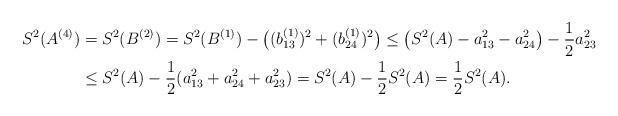
LaTeX: \begin{align*}S^2(A^{(4)}) & = S^2(B^{(2)}) = S^2(B^{(1)})-\big{(}(b_{13}^{(1)})^2+(b_{24}^{(1)})^2\big{)} \leq \big{(}S^2(A)-a_{13}^2-a_{24}^2\big{)} - \frac{1}{2}a_{23}^2 \\& \leq S^2(A) - \frac{1}{2}(a_{13}^2+a_{24}^2+a_{23}^2) = S^2(A)-\frac{1}{2}S^2(A) = \frac{1}{2}S^2(A).\end{align*}